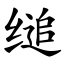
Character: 缒